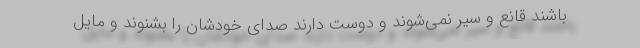
باشند قانع و سیر نمی‌شوند و دوست دارند صدای خودشان را بشنوند و مایل